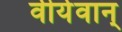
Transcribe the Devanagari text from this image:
वीर्यवान्